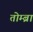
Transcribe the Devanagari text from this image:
तोम्ब्रा